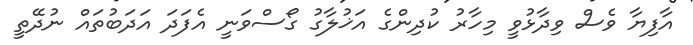
އާފިޔާ ވެސް ވިދާޅުވީ މިހާރު ކުދިންގެ އަޚުލާގު ގޯސްވަނީ އެފަދަ އަދަބުތައް ނުދޭތީ